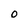
Character: O